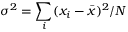
\sigma ^ { 2 } = \sum _ { i } ( x _ { i } - \bar { x } ) ^ { 2 } / N